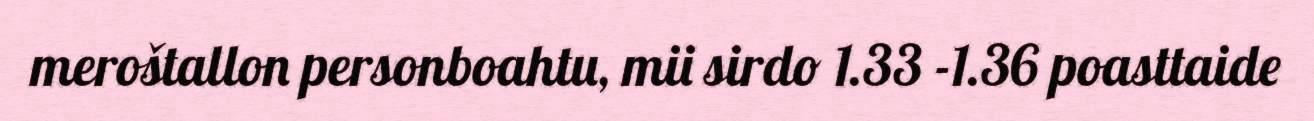
meroštallon personboahtu, mii sirdo 1.33 -1.36 poasttaide